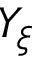
Y _ { \xi }